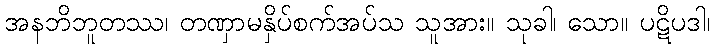
အနဘိဘူတဿ၊ တဏှာမနှိပ်စက်အပ်သ သူအား။ သုခါ၊ သော။ ပဋိပဒါ၊